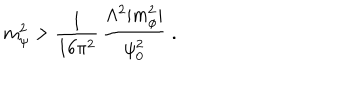
LaTeX: m _ { \psi } ^ { 2 } > \frac { 1 } { 1 6 \pi ^ { 2 } } \, \frac { \Lambda ^ { 2 } | m _ { \phi } ^ { 2 } | } { \psi _ { 0 } ^ { 2 } } \; .